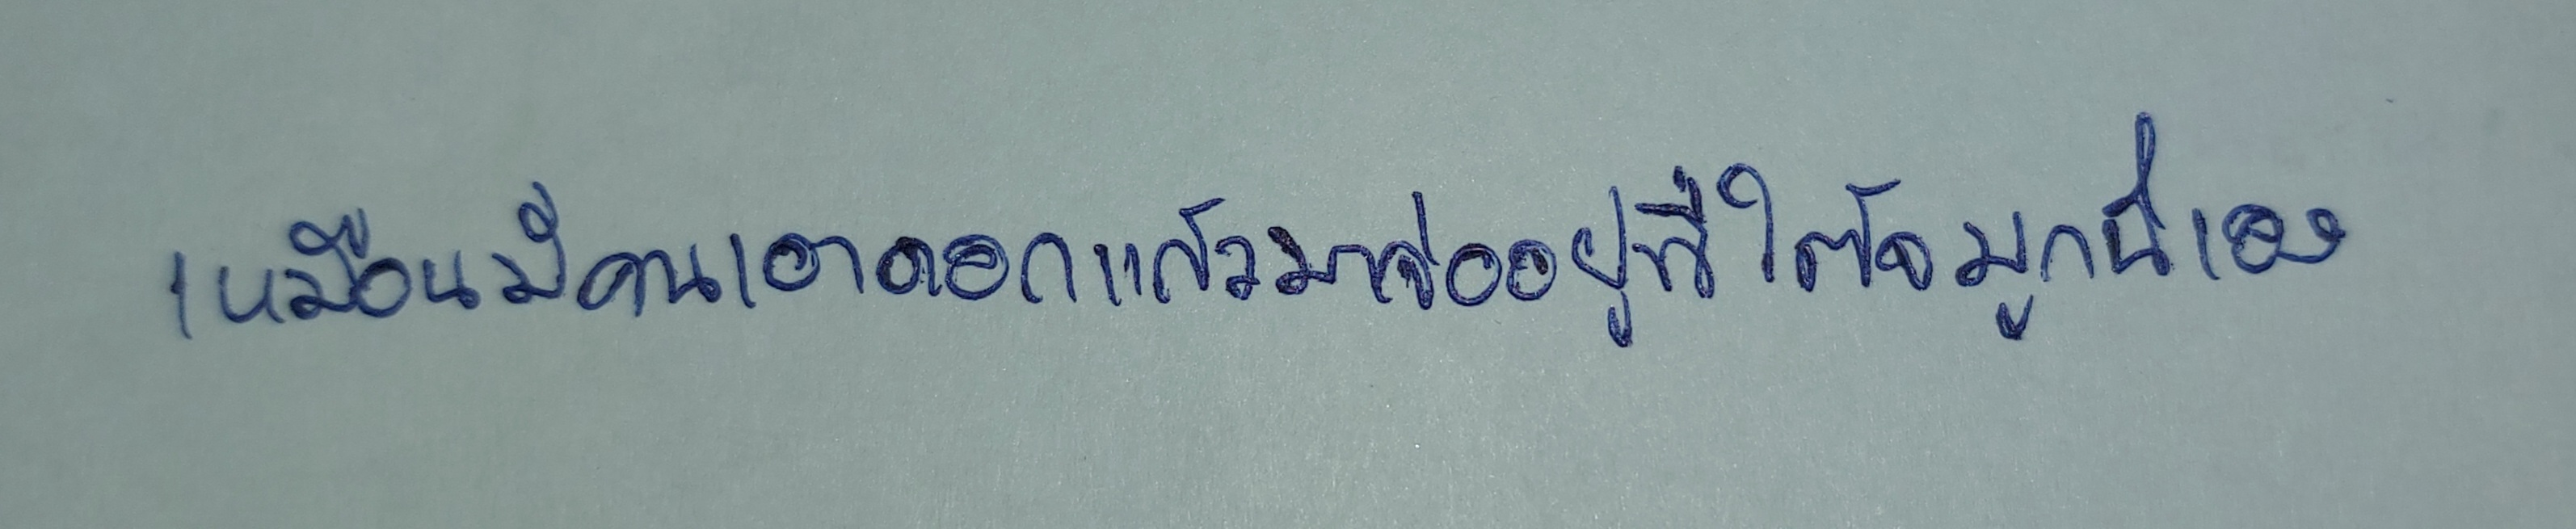
เหมือนมีคนเอาดอกแก้วมาจ่ออยู่ที่ใต้จมูกนี่เอง